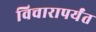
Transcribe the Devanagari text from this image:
विचारापर्यंत